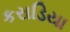
કરાડિયા